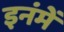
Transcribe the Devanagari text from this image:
इनंमें